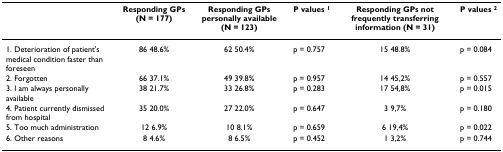
<table><thead><tr><td></td><td><b>Responding GPs(N = 177)</b></td><td><b>Responding GPs personally available(N = 123)</b></td><td><b>P values <sup>1</sup></b></td><td><b>Responding GPs not frequently transferring information (N = 31)</b></td><td><b>P values <sup>2</sup></b></td></tr></thead><tbody><tr><td>1. Deterioration of patient&#x27;s medical condition faster than foreseen</td><td>86 48.6%</td><td>62 50.4%</td><td>p = 0.757</td><td>15 48.8%</td><td>p = 0.084</td></tr><tr><td>2. Forgotten</td><td>66 37.1%</td><td>49 39.8%</td><td>p = 0.957</td><td>14 45,2%</td><td>p = 0.557</td></tr><tr><td>3. I am always personally available</td><td>38 21.7%</td><td>33 26.8%</td><td>p = 0.283</td><td>17 54,8%</td><td>p = 0.015</td></tr><tr><td>4. Patient currently dismissed from hospital</td><td>35 20.0%</td><td>27 22.0%</td><td>p = 0.647</td><td>3 9,7%</td><td>p = 0.180</td></tr><tr><td>5. Too much administration</td><td>12 6.9%</td><td>10 8.1%</td><td>p = 0.659</td><td>6 19,4%</td><td>p = 0.022</td></tr><tr><td>6. Other reasons</td><td>8 4.6%</td><td>8 6.5%</td><td>p = 0.452</td><td>1 3,2%</td><td>p = 0.744</td></tr></tbody></table>